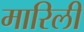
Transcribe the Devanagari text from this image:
मारिली